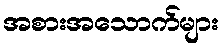
အစားအသောက်များ